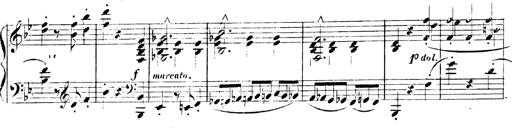
Title: 3 Caprices-Valses
Composer: Franz Liszt